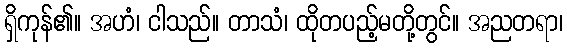
ရှိကုန်၏။ အဟံ၊ ငါသည်။ တာသံ၊ ထိုတပည့်မတို့တွင်။ အညတရာ၊